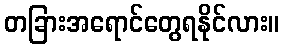
တခြားအရောင်တွေရနိုင်လား။